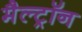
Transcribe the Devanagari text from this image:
मैल्ट्रॉन